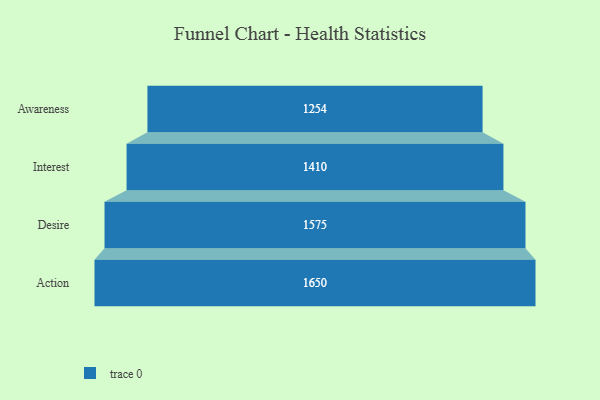
{"axis": {"x": "Stage", "y": "Value"}, "legend": [""], "data": [{"x": "Awareness", "y": 1254.0, "type": ""}, {"x": "Interest", "y": 1410.0, "type": ""}, {"x": "Desire", "y": 1575.0, "type": ""}, {"x": "Action", "y": 1650.0, "type": ""}]}